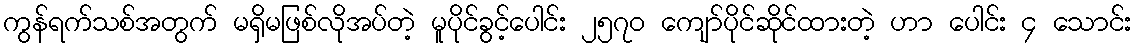
ကွန်ရက်သစ်အတွက် မရှိမဖြစ်လိုအပ်တဲ့ မူပိုင်ခွင့်ပေါင်း ၂၅၇၀ ကျော်ပိုင်ဆိုင်ထားတဲ့ ဟာ ပေါင်း ၄ သောင်း